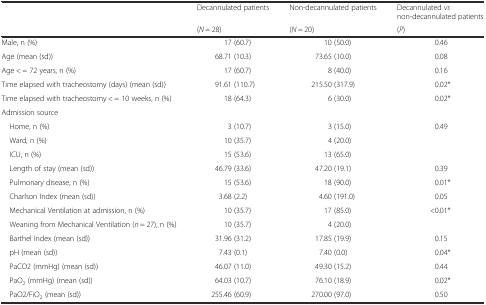
| <ROWSPAN=2>  | Decannulated patients | Non-decannulated patients | Decannulated vs non-decannulated patients |
 | (N = 28) | (N = 20) | (P) |
 | --- | --- | --- | --- |
 | Male, n (%) | 17 (60.7) | 10 (50.0) | 0.46 |
 | Age (mean (sd)) | 68.71 (10.3) | 73.65 (10.0) | 0.08 |
 | Age < = 72 years, n (%) | 17 (60.7) | 8 (40.0) | 0.16 |
 | Time elapsed with tracheostomy (days) (mean (sd)) | 91.61 (110.7) | 215.50 (317.9) | 0.02* |
 | Time elapsed with tracheostomy < = 10 weeks, n (%) | 18 (64.3) | 6 (30.0) | 0.02* |
 | Admission source | <COLSPAN=3>  |
 | Home, n (%) | 3 (10.7) | 3 (15.0) | 0.49 |
 | Ward, n (%) | 10 (35.7) | 4 (20.0) |  |
 | ICU, n (%) | 15 (53.6) | 13 (65.0) |  |
 | Length of stay (mean (sd)) | 46.79 (33.6) | 47.20 (19.1) | 0.39 |
 | Pulmonary disease, n (%) | 15 (53.6) | 18 (90.0) | 0.01* |
 | Charlson Index (mean (sd)) | 3.68 (2.2) | 4.60 (191.0) | 0.05 |
 | Mechanical Ventilation at admission, n (%) | 10 (35.7) | 17 (85.0) | <0.01* |
 | Weaning from Mechanical Ventilation (n = 27), n (%) | 10 (35.7) | 4 (20.0) |  |
 | Barthel Index (mean (sd)) | 31.96 (31.2) | 17.85 (19.9) | 0.15 |
 | pH (mean (sd)) | 7.43 (0.1) | 7.40 (0.0) | 0.04* |
 | PaCO2 (mmHg) (mean (sd)) | 46.07 (11.0) | 49.30 (15.2) | 0.44 |
 | PaO2 (mmHg) (mean (sd)) | 64.03 (10.7) | 76.10 (18.9) | 0.02* |
 | PaO2/FiO2 (mean (sd)) | 255.46 (60.9) | 270.00 (97.0) | 0.50 |